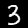
Label: 3